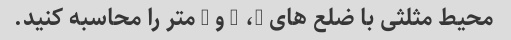
محیط مثلثی با ضلع های 5، 6 و 7 متر را محاسبه کنید.